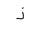
Letter: _thal